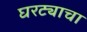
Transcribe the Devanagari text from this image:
घरट्याचा